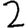
Digit: 2